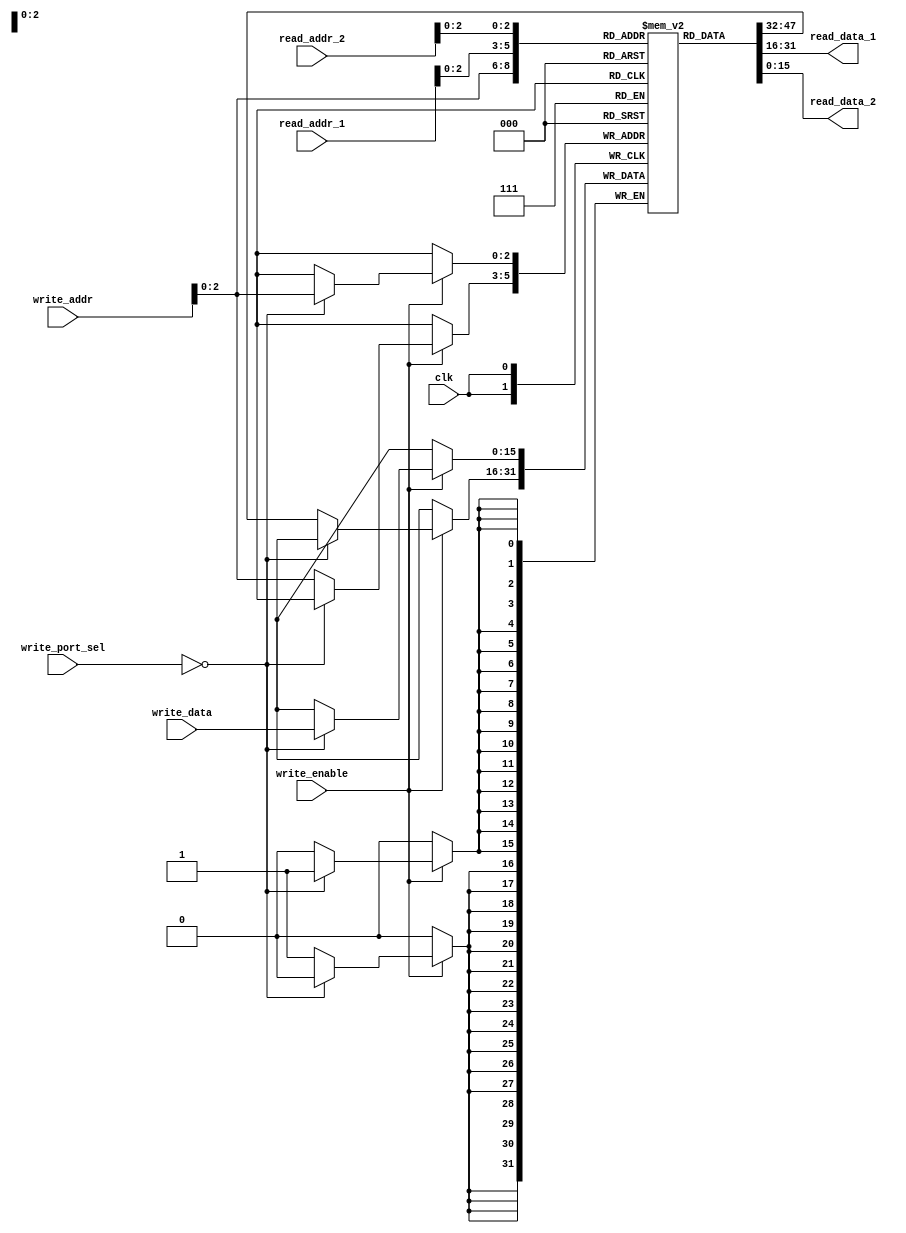
module register_file
  #(parameter NUM_REGISTERS = 8,
    parameter REG_WIDTH = 16,
    parameter NUM_READ_PORTS = 2,
    parameter NUM_WRITE_PORTS = 1)
  (
    input wire clk,
    input wire [NUM_REGISTERS-1:0] read_addr_1,
    input wire [NUM_REGISTERS-1:0] read_addr_2,
    input wire [NUM_REGISTERS-1:0] write_addr,
    input wire [REG_WIDTH-1:0] write_data,
    input wire write_enable,
    input wire [2:0] write_port_sel,
    output reg [REG_WIDTH-1:0] read_data_1,
    output reg [REG_WIDTH-1:0] read_data_2
  );

  reg [REG_WIDTH-1:0] registers [NUM_REGISTERS-1:0];

  always @ (posedge clk) begin
    if (write_enable) begin
      case(write_port_sel)
        3'b000: registers[write_addr] <= write_data;
        default: registers[write_addr] <= registers[write_addr];
      endcase
    end
  end

  assign read_data_1 = registers[read_addr_1];
  assign read_data_2 = registers[read_addr_2];
  
endmodule